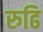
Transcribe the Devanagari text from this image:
रुढि